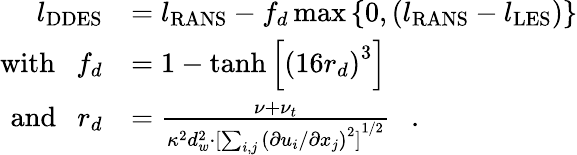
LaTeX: \begin{array}{rl}{l_{\mathrm{DDES}}}&{=l_{\mathrm{RANS}}-f_{d}\operatorname*{max}{\{ 0,\left(l_{\mathrm{RANS}}-l_{\mathrm{LES}}\right)\} }}\\ {\mathrm{with}\ \ \ f_{d}}&{=1-\operatorname{tanh}{\left[{\left(16r_{d}\right)}^{3}\right]}\ \ \ }\\ {\mathrm{and}\ \ \ r_{d}}&{=\frac{\nu+\nu_{t}}{\kappa^{2}d_{w}^{2}\cdot{[\sum_{i,j}{\left(\partial u_{i}/\partial x_{j}\right)}^{2}]}^{1/2}}\ \ \ .}\end{array}